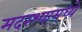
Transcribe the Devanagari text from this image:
मदरश्यामध्ये